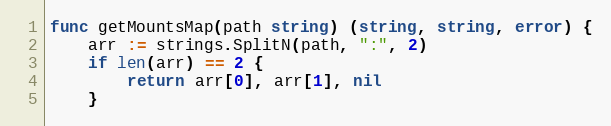
Language: Go
func getMountsMap(path string) (string, string, error) {
	arr := strings.SplitN(path, ":", 2)
	if len(arr) == 2 {
		return arr[0], arr[1], nil
	}